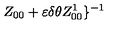
Z _ { 0 0 } + \varepsilon \delta \theta Z _ { 0 0 } ^ { 1 } \} ^ { - 1 }